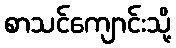
စာသင်ကျောင်းသို့